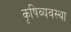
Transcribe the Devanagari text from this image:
कृषिव्‍यवस्था